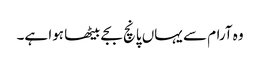
وہ آرام سے یہاں پانچ بجے بیٹھا ہوا ہے۔